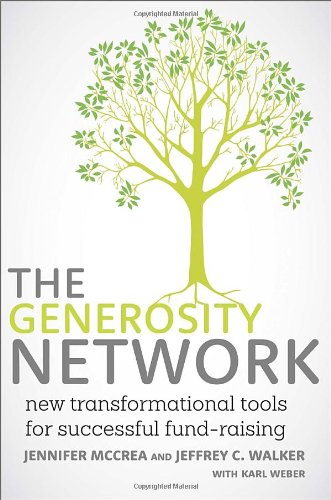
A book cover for The Generosity Network: New Transformational Tools for Successful Fund-Raising; Jennifer McCrea; Business & Money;